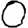
Digit: 0